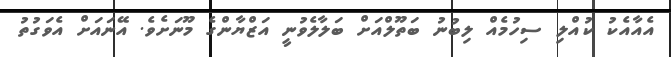
އެއާއެކު ކުއްލި ސިހުމެއް ލިބުނު ބަތޫލްއަށް ބަލާލެވުނީ އަޒްޔާންގެ މޫނަށެވެ. އޭނައަށް އެވަގުތު